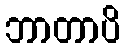
ဘာတာပိ